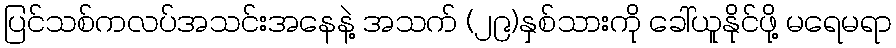
ပြင်သစ်ကလပ်အသင်းအနေနဲ့ အသက် (၂၉)နှစ်သားကို ခေါ်ယူနိုင်ဖို့ မရေမရာ